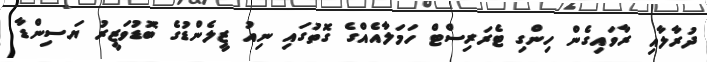
ދުރާލާއި ރާވައިގެން ހިންގި ޓެރަރިސްޓް ހަމަލާއެއްގެ ގޮތުގައި ނިއު ޒީލެންޑުގެ ބޮޑުވަޒީރު ޔަސިންޑާ